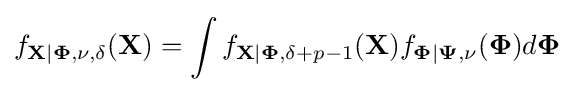
f_{\mathbf {X} |\mathbf {\Phi } ,\nu ,\delta }(\mathbf {X} )=\int f_{\mathbf {X} |\mathbf {\Phi } ,\delta +p-1}(\mathbf {X} )f_{\mathbf {\Phi } |\mathbf {\Psi } ,\nu }(\mathbf {\Phi } )d\mathbf {\Phi }